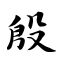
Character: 殷